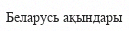
Беларусь ақындары